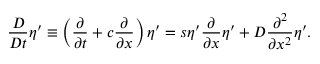
\frac { D } { D t } \eta ^ { \prime } \equiv \left( \frac { \partial } { \partial t } + c \frac { \partial } { \partial x } \right) \eta ^ { \prime } = s \eta ^ { \prime } \frac { \partial } { \partial x } \eta ^ { \prime } + D \frac { \partial ^ { 2 } } { \partial x ^ { 2 } } \eta ^ { \prime } .